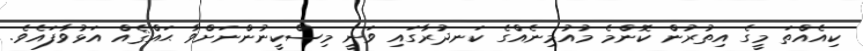
ކިއެއްތަ މީގެ އިތުރުން ކޮންމެ މުއުމިނެއްގެ ކަނދުރާގައި ވަނީ މިސްކީނުންނަށްވާ ޙައްޤެއް އަޅުވާފައެވެ.